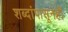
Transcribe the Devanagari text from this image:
शब्दांपासूनही